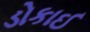
ડોકાઈ